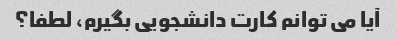
آیا می توانم کارت دانشجویی بگیرم، لطفا؟